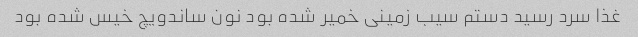
غذا سرد رسید دستم سیب زمینی خمیر شده بود نون ساندویچ خیس شده بود